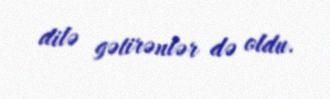
dilə gətirənlər də oldu.